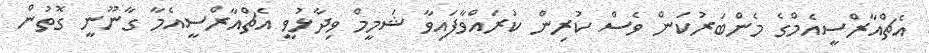
އެޗްއާރްސީއެމްގެ މެންބަރުކަން ވެސް ކުރިން ކުރައްވާފައިވާ ޝަމީމް ވިދާޅުވީ އެޗްއާރްސީއެމާ ގާނޫނީ ގޮތުން